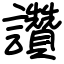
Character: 讚